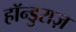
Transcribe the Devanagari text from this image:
हॉन्डुराज़